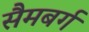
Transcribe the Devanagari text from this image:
सैमबर्ग